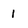
Character: 1